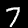
Label: 7